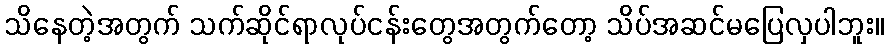
သိနေတဲ့အတွက် သက်ဆိုင်ရာလုပ်ငန်းတွေအတွက်တော့ သိပ်အဆင်မပြေလှပါဘူး။